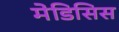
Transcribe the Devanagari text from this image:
मेडिसिस